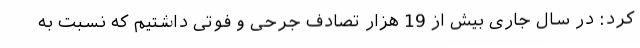
کرد: در سال جاری بیش از 19 هزار تصادف جرحی و فوتی داشتیم که نسبت به